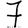
Digit: 7